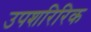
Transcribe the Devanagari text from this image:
उपशरिरिक